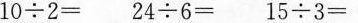
10÷2=24÷6=15÷3=